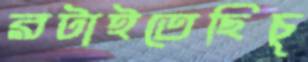
রটাইতেছিচু